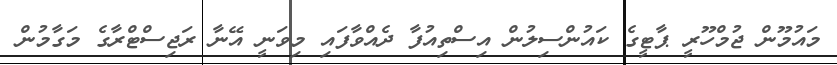
މައުމޫން ޖުމްހޫރީ ޕާޓީގެ ކައުންސިލުން އިސްތިއުފާ ދެއްވާފައި މިވަނީ އޭނާ ރަޖިސްޓްރާގެ މަގާމުން